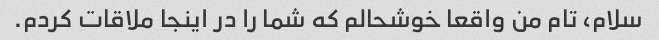
سلام، تام من واقعا خوشحالم که شما را در اینجا ملاقات کردم.